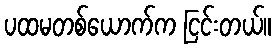
ပထမတစ်ယောက်က ငြင်းတယ်။